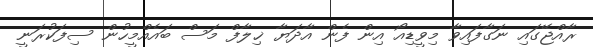
ރާއްޖޭގައި ނަގާފައިވާ މިވީޑިއޯ އިން ފެން އާދަޔާ ޚިލާފް މަސް ބައެއްމީހުން ސިފަކުރަނީ